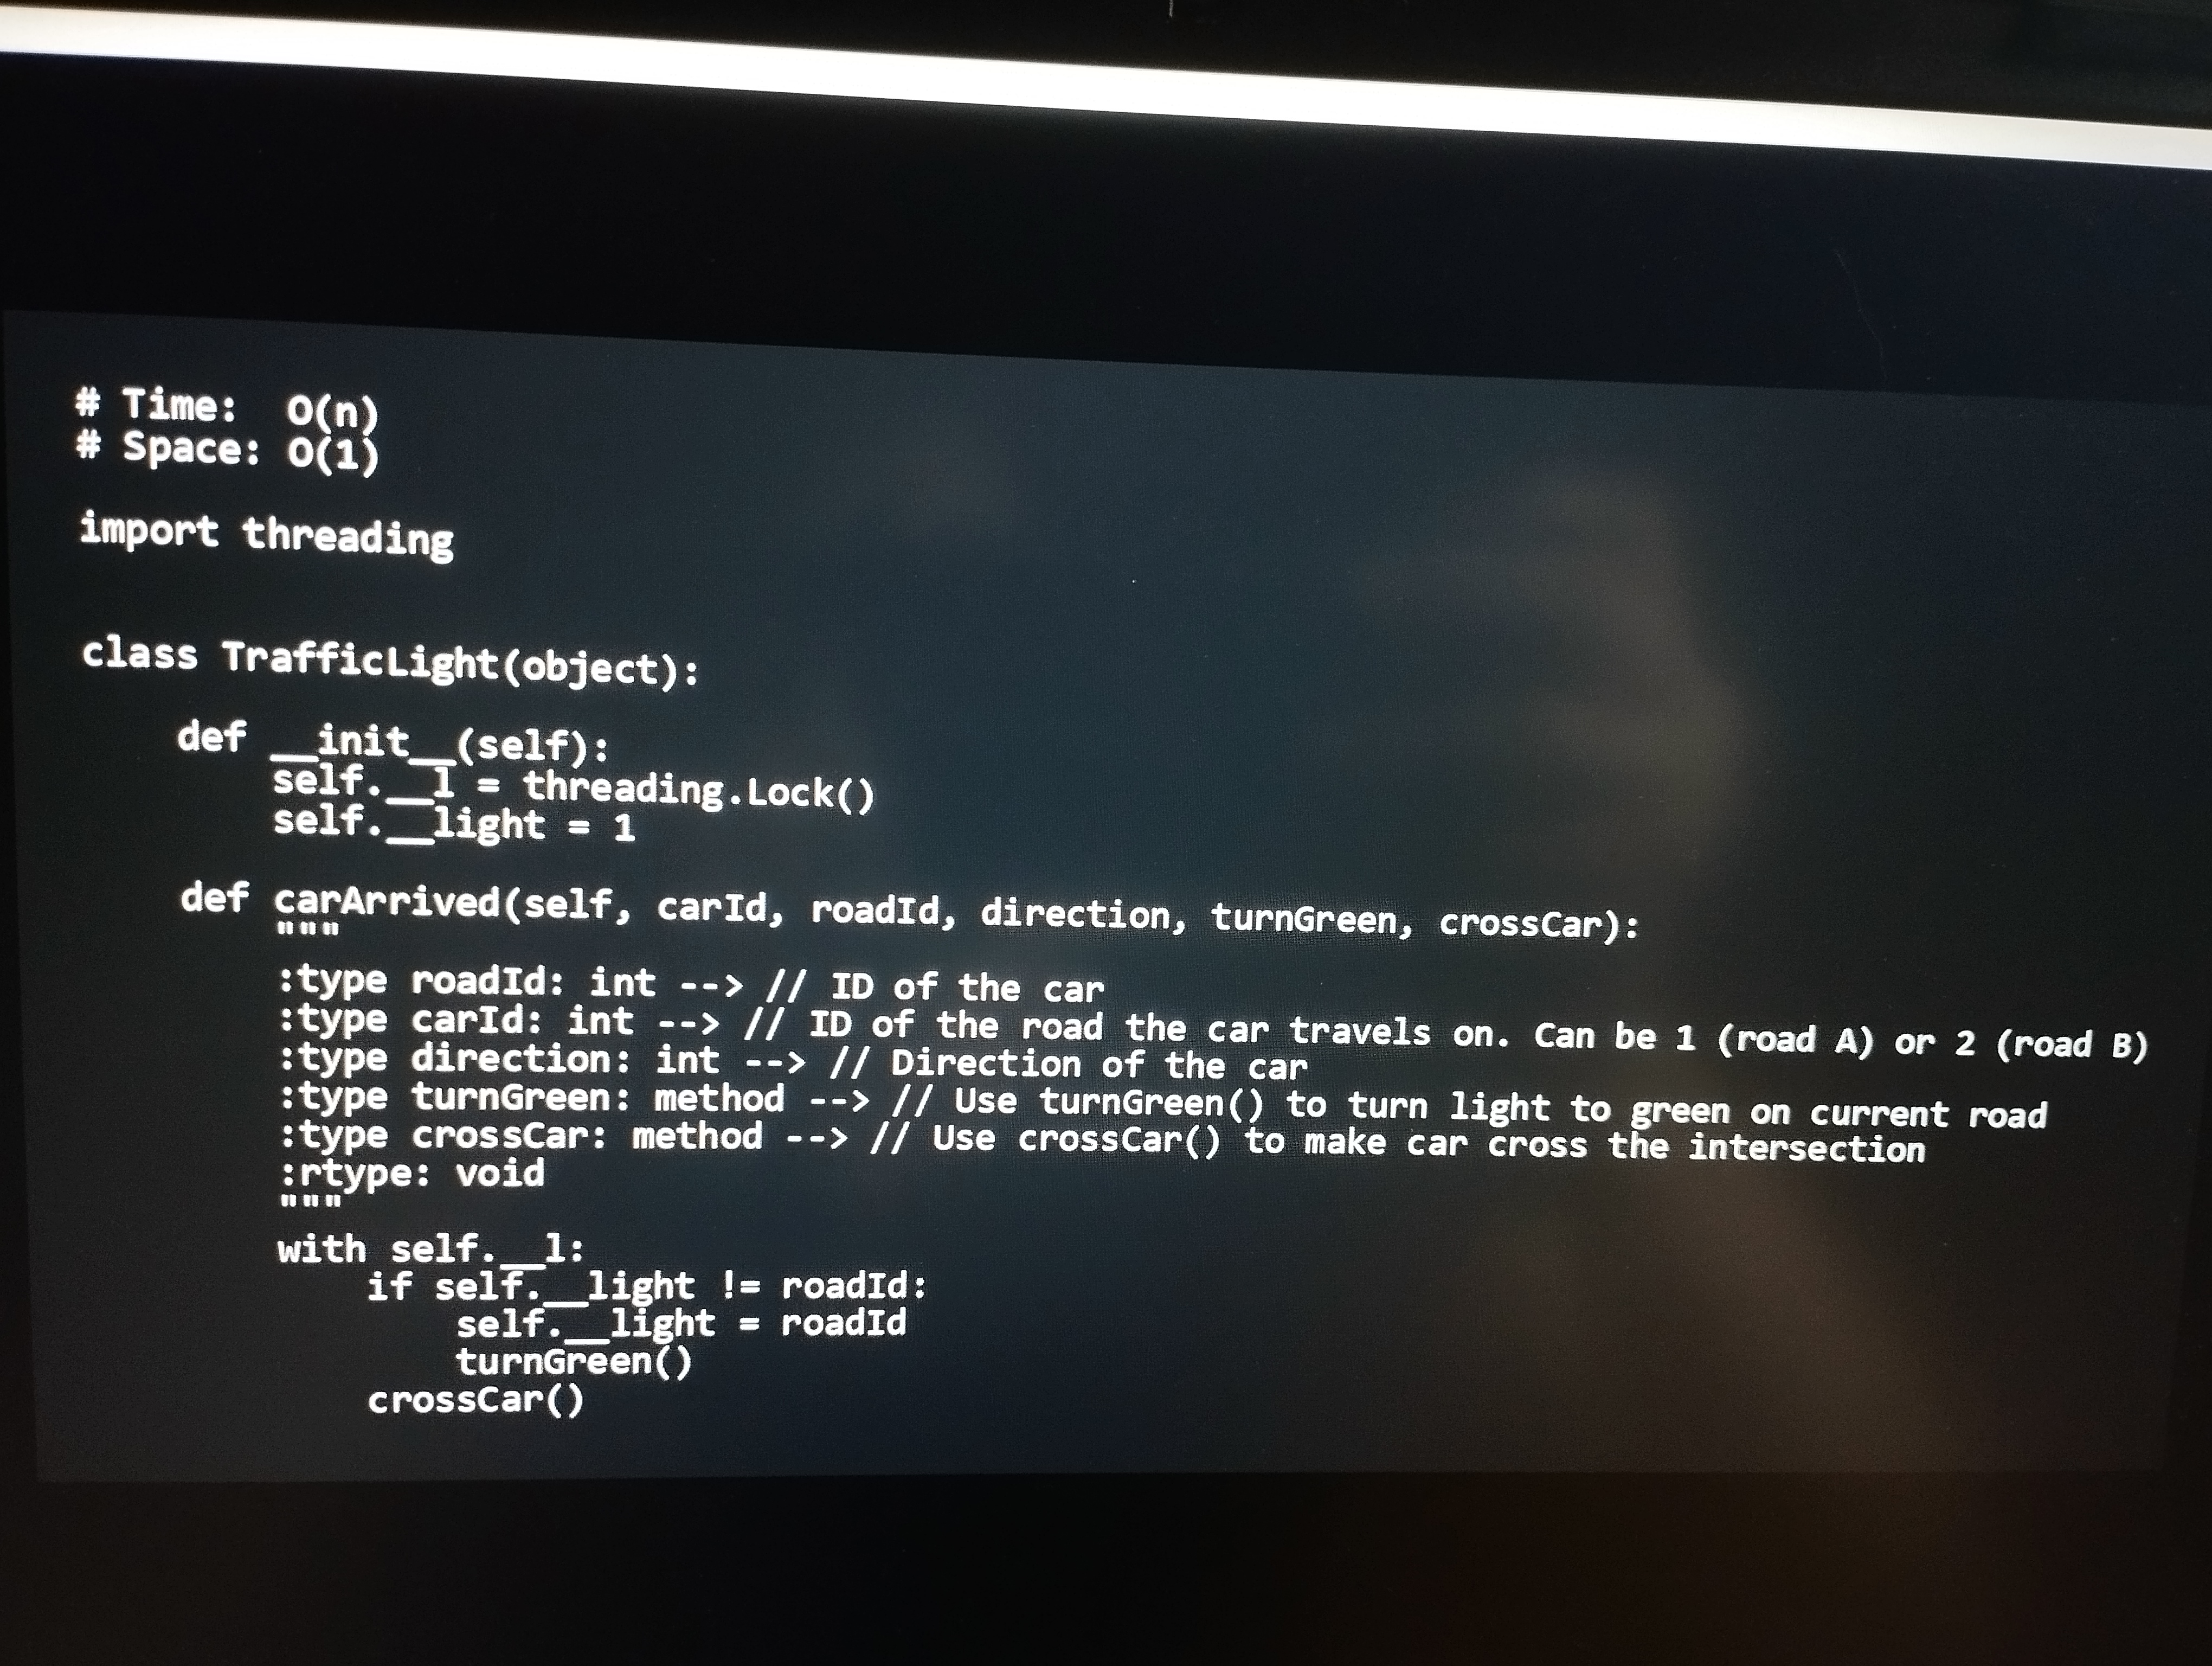
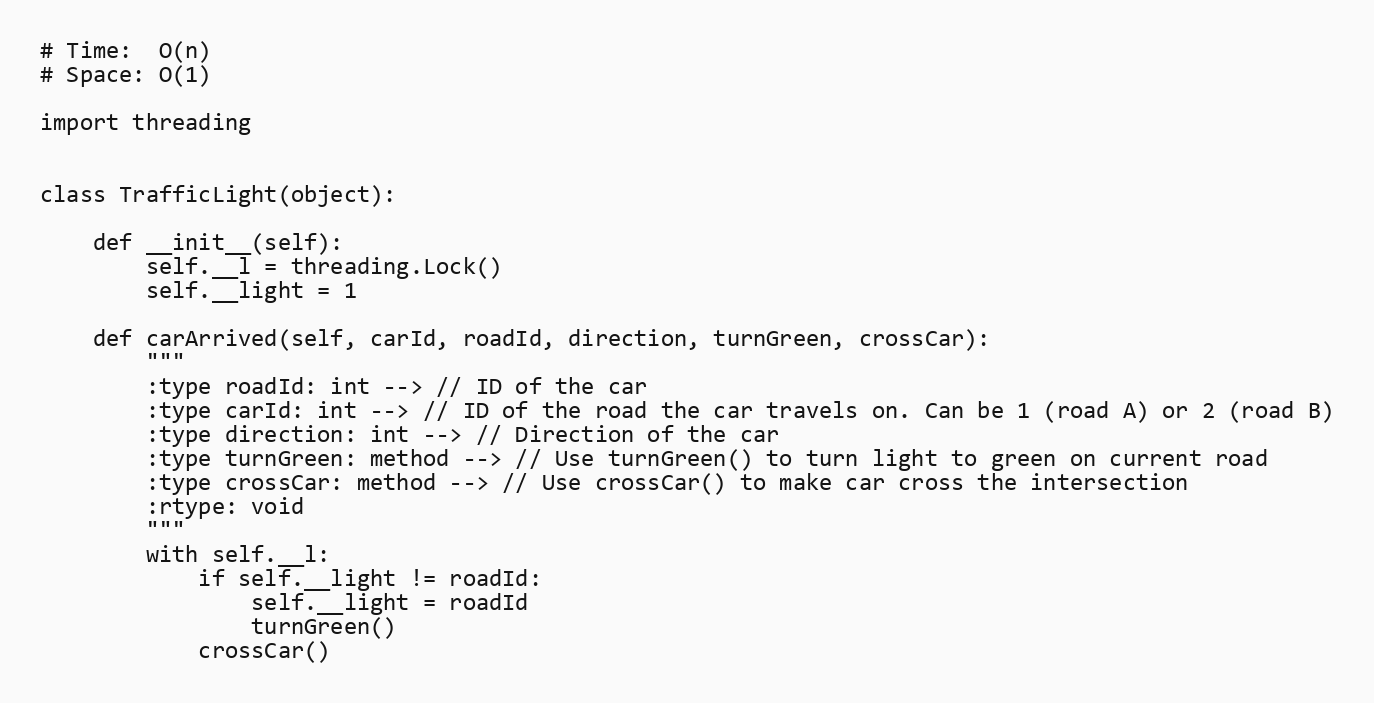
# Time:  O(n)
# Space: O(1)

import threading

class TrafficLight(object):

    def __init__(self):
        self.__l = threading.Lock()
        self.__light = 1

    def carArrived(self, carId, roadId, direction, turnGreen, crossCar):
        """
        :type roadId: int --> // ID of the car
        :type carId: int --> // ID of the road the car travels on. Can be 1 (road A) or 2 (road B)
        :type direction: int --> // Direction of the car
        :type turnGreen: method --> // Use turnGreen() to turn light to green on current road
        :type crossCar: method --> // Use crossCar() to make car cross the intersection
        :rtype: void
        """
        with self.__l:
            if self.__light != roadId:
                self.__light = roadId
                turnGreen()
            crossCar()